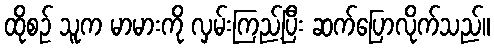
ထိုစဉ် သူက မာမားကို လှမ်းကြည့်ပြီး ဆက်ပြောလိုက်သည်။